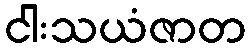
ငါးသယံဇာတ